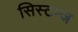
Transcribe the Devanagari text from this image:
सिस्टम्ज